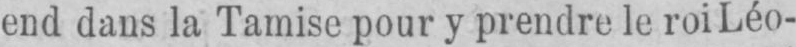
end dans la Tamise pour y prendre le roi Léo-